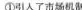
①引人了市场机制